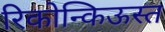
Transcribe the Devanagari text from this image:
रिकोन्किऊस्त